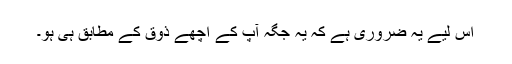
اس لیے یہ ضروری ہے کہ یہ جگہ آپ کے اچھے ذوق کے مطابق ہی ہو۔